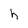
Character: h